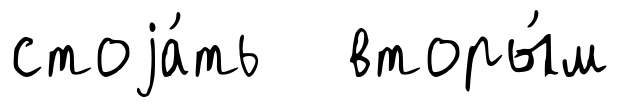
стоjа́ть вторы́м